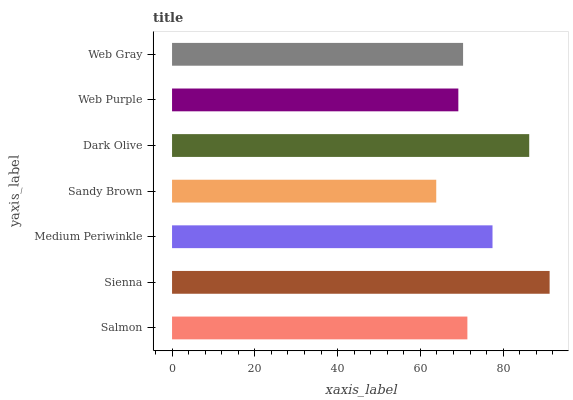
| yaxis_label | bars |
 | --- | --- |
 | Salmon | 71.4 |
 | Sienna | 91.2 |
 | Medium Periwinkle | 77.4 |
 | Sandy Brown | 63.8 |
 | Dark Olive | 86.3 |
 | Web Purple | 69.2 |
 | Web Gray | 70.3 |